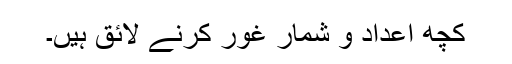
کچھ اعداد و شمار غور کرنے لائق ہیں۔